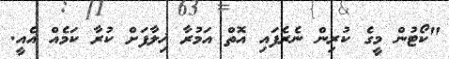
"ކޯޓުން މީގެ ކުރިން ނެރެފައި އޮތް އަމުރާ ޚިލާފަށް ކުރާ ކަމެއް އެއީ.